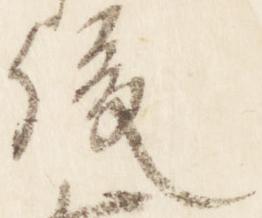
後